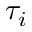
\tau _ { i }